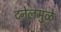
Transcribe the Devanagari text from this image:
टनेलमुळे